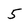
Character: 5